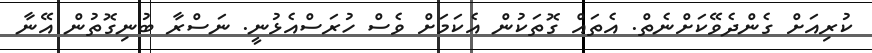
ކުރިއަށް ގެންދެވޭކަށްނެތް. އެތައް ގޮތަކުން އެކަމަށް ވެސް ހުރަސްއެޅުނީ. ނަސްރާ ބުނިގޮތުން އޭނާ